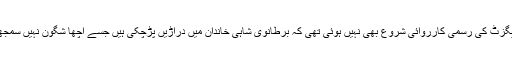
ابھی بریگزٹ کی رسمی کارروائی شروع بھی نہیں ہوئی تھی کہ برطانوی شاہی خاندان میں دراڑیں پڑچکی ہیں جسے اچھا شگون نہیں سمجھا جارہا۔